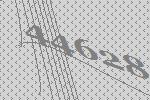
44628